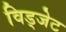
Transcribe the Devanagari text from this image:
विड्जेट